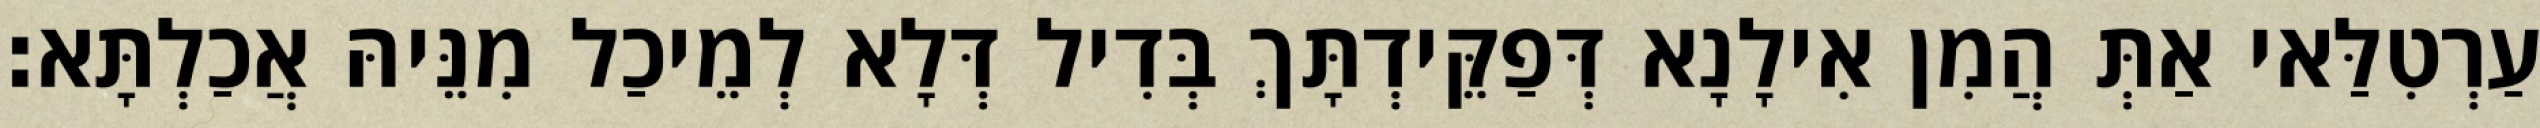
עַרְטִלַּאי אַתְּ הֲמִן אִילָנָא דְּפַקֵּידְתָּךְ בְּדִיל דְּלָא לְמֵיכַל מִנֵּיהּ אֲכַלְתָּא׃